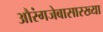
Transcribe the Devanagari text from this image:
औरंगजेबासारख्या